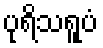
ပုရိသရူပံ